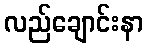
လည်ချောင်းနာ